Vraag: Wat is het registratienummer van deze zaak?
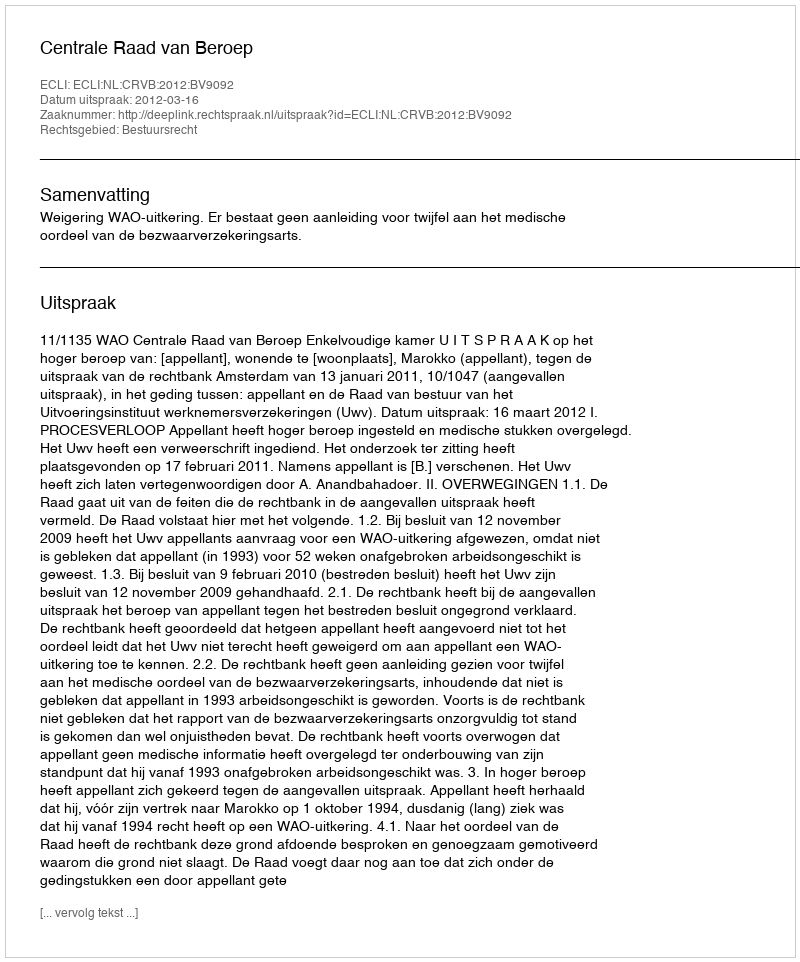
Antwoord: http://deeplink.rechtspraak.nl/uitspraak?id=ECLI:NL:CRVB:2012:BV9092